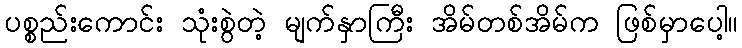
ပစ္စည်းကောင်း သုံးစွဲတဲ့ မျက်နှာကြီး အိမ်တစ်အိမ်က ဖြစ်မှာပေါ့။